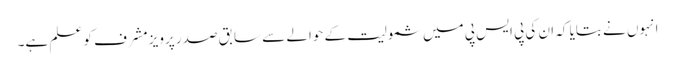
انہوں نے بتایا کہ ان کی پی ایس پی میں شمولیت کے حوالے سے سابق صدر پرویز مشرف کو علم ہے۔